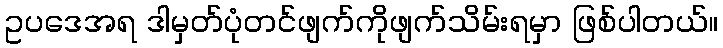
ဥပဒေအရ ဒါမှတ်ပုံတင်ဖျက်ကိုဖျက်သိမ်းရမှာ ဖြစ်ပါတယ်။